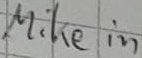
Text: Mike in